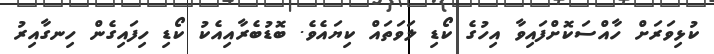
ކުޅިވަރަށް ހާއްސަކޮށްފައިވާ އިހުގެ ކޯޑި ލަވަތައް ކިޔައެވެ. ބޮޑުބެރާއިއެކު ކޯޑި ހިފައިގެން ހިނގާއިރު